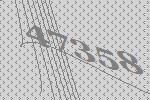
47358